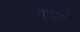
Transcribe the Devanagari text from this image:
मंधनों